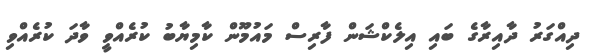
ދިއްގަރު ދާއިރާގެ ބައި އިލެކްޝަން ފާރިސް މައުމޫން ކާމިޔާބު ކުރެއްވީ ވާދަ ކުރެއްވި